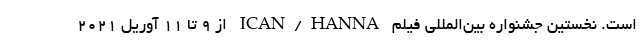
است. نخستین جشنواره بین‌المللی فیلم ICAN/HANNA از ۹ تا ۱۱ آوریل ۲۰۲۱